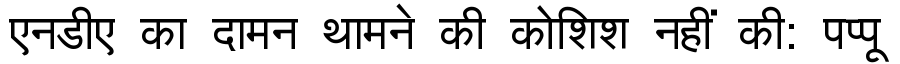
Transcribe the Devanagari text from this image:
एनडीए का दामन थामने की कोशिश नहीं की: पप्पू